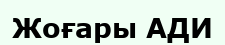
Жоғары АДИ